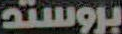
بروستد